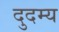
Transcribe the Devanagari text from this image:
दुदम्य